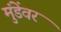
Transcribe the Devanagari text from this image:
मुंडेंवर